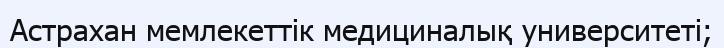
Астрахан мемлекеттік медициналық университеті;